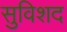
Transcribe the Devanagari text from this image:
सुविशद